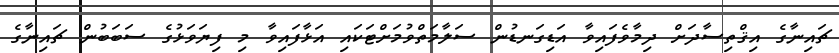
ޗައިނާގެ އިޤްތިސާދަށް ދިމާވެފައިވާ އަޑިގަނޑުން ސަލާމަތްވުމަށްޓަކައި އަޅާފައިވާ މި ފިޔަވަޅުގެ ސަބަބުން ޗައިނާގެ